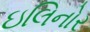
ઇલિનોર